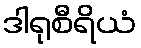
ဒါရုစီရိယံ